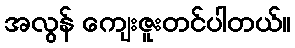
အလွန် ကျေးဇူးတင်ပါတယ်။